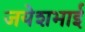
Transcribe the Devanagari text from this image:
जयेशभाई